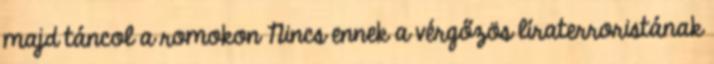
majd táncol a romokon Nincs ennek a vérgőzös líraterroristának